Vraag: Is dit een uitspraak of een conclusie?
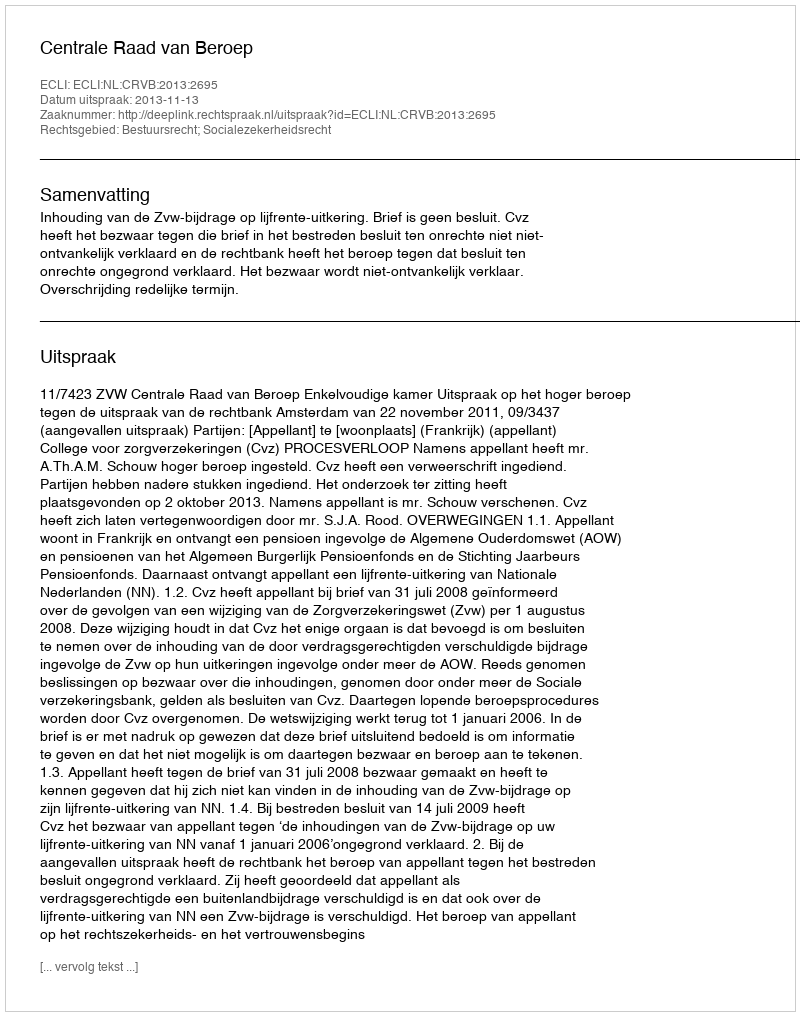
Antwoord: Uitspraak